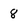
Character: 8